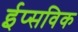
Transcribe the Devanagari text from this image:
ईप्सविक